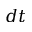
d t